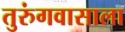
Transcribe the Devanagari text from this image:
तुरुंगवासाला